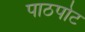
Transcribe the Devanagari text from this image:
पाठपोट